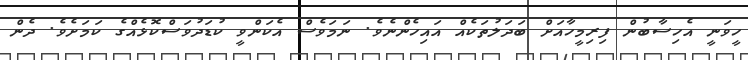
ހީވަނީ އެހިސާބުން ފިރިމީހާއަށް ބަދަލުތަކެއް އައިހެންނެވެ. ނަމަވެސް އެކަންވީ ކުޑަދުވަސްކޮޅެއްގެ ކަމަށެވެ. ދެން